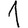
Digit: 1